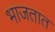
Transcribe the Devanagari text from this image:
भाजतात